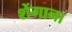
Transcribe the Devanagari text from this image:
शेंगाना